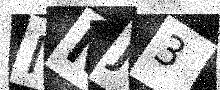
Text: MNJ3